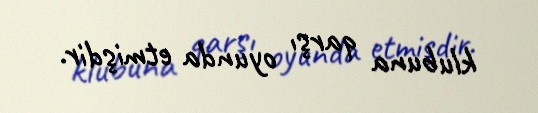
klubuna qarşı oyunda etmişdir.